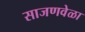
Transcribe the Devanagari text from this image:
साजणवेळा